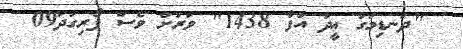
"ދަނޑިމަގު ޢީދު އުފާ 1438" ވަރަށް ވެސް ފޯރިގަދަ09